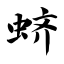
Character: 蛴